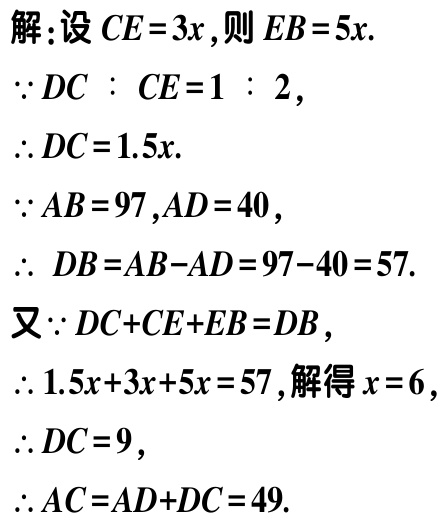
解：设\(CE = 3x\)，则\(EB = 5x\).
\(\because DC:CE = 1:2\)，
\(\therefore DC = 1.5x\).
\(\because AB = 97,AD = 40\)，
\(\therefore DB=AB - AD=97 - 40 = 57\).
又\(\because DC + CE+EB = DB\)，
\(\therefore 1.5x + 3x+5x = 57\)，解得\(x = 6\)，
\(\therefore DC = 9\)，
\(\therefore AC=AD + DC = 49\).